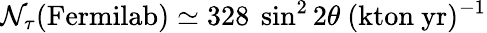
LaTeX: \mathcal{N}_{\tau}(\mathrm{{Fermilab}})\simeq328~\sin^{2}2\theta~(\mathrm{{kton}}~\mathrm{{yr}})^{-1}